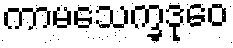
ကာမသေက္ခဒုဝေ